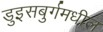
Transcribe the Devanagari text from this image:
डुइसबुर्गमधील